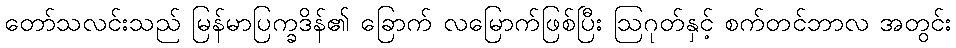
တော်သလင်းသည် မြန်မာပြက္ခဒိန်၏ ခြောက် လမြောက်ဖြစ်ပြီး ဩဂုတ်နှင့် စက်တင်ဘာလ အတွင်း